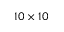
1 0 \times 1 0